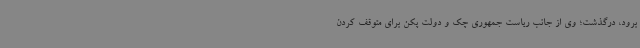
برود، درگذشت؛ وی از جانب ریاست جمهوری چک و دولت پکن برای متوقف کردن